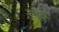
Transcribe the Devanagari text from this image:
रयेल